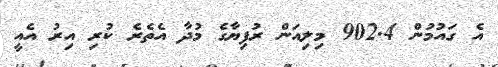
އެ ގައުމުން 902.4 މިލިއަން ރުފިޔާގެ މުދާ އެތެރެ ކުރި އިރު އެއީ